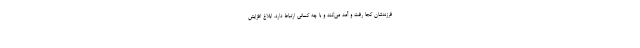
فرزندشان کجا رفت و آمد می‌کند و با چه کسانی ارتباط دارد. ابلاغ افزایش